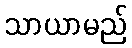
သာယာမည်